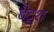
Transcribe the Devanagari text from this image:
टैटूश